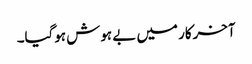
آخرکار میں بے ہوش ہوگیا۔